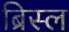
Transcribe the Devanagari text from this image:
ब्रिस्ल